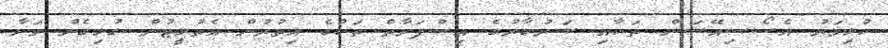
ކުޅިވަރު އެސޯސިއޭޝަން ތަކާއި ސަރުކާރުގެ އިސްފަރާތް ތަކުގެ އިތުރުން އެތުލީޓުން ގުޅިގެން މަނާ